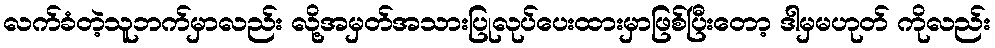
လက်ခံတဲ့သူဘက်မှာလည်း လို့အမှတ်အသားပြုလုပ်ပေးထားမှာဖြစ်ပြီးတော့ ဒါမှမဟုတ် ကိုလည်း